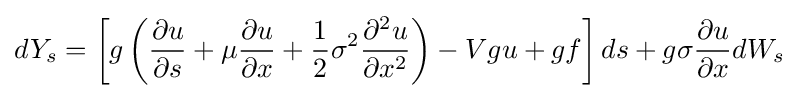
dY_{s}=\left[g\left({\frac {\partial u}{\partial s}}+\mu {\frac {\partial u}{\partial x}}+{\frac {1}{2}}\sigma ^{2}{\frac {\partial ^{2}u}{\partial x^{2}}}\right)-Vgu+gf\right]ds+g\sigma {\frac {\partial u}{\partial x}}dW_{s}